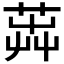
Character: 𦴬